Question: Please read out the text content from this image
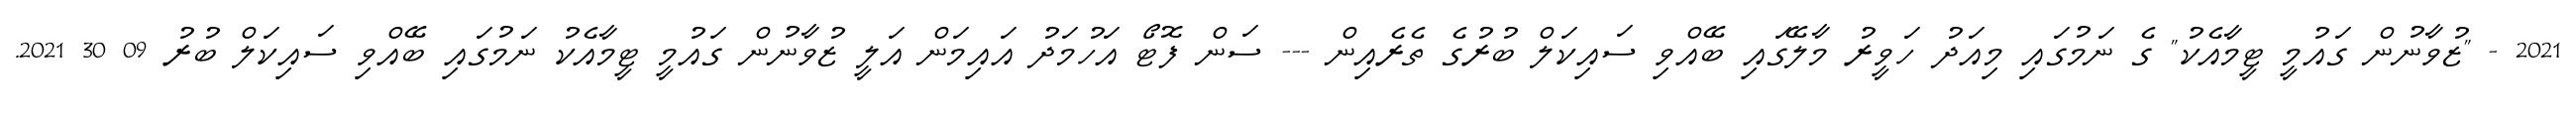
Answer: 2021 - "ޒުވާނުން ގައުމީ ޓީމާއެކު" ގެ ނަމުގައި މިއަދު ހަވީރު މާލޭގައި ބޭއްވި ސައިކަލް ބުރުގެ ތެރެއިން --- ސަން ފޮޓޯ އަހުމަދު އައިމަން އަލީ ޒުވާނުން ގައުމީ ޓީމާއެކު ނަމުގައި ބޭއްވި ސައިކަލް ބުރު 09 30 2021.